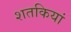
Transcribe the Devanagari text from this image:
शतकियां